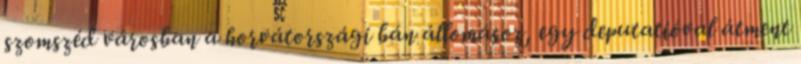
szomszéd városban a horvátországi bán állomásoz, egy deputatióval átment